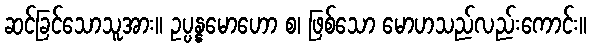
ဆင်ခြင်သောသူအား။ ဥပ္ပန္နမောဟော စ၊ ဖြစ်သော မောဟသည်လည်းကောင်း။